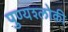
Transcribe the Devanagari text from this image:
पुण्‍यश्‍लोकी